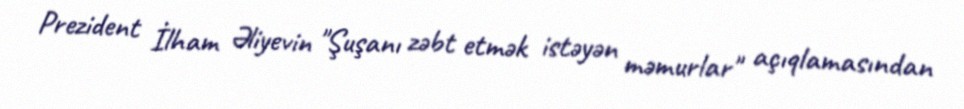
Prezident İlham Əliyevin "Şuşanı zəbt etmək istəyən məmurlar" açıqlamasından